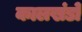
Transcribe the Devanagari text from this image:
कालखंडो